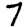
Digit: 7